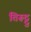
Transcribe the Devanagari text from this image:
तिरूट्टु